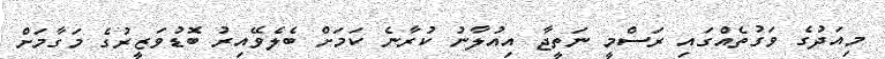
މިއަދުގެ ވަގުތެއްގައި ރަސްމީ ނަތީޖާ އިއުލާނު ކުރާނެ ކަމަށް ބެލެވޭއިރު ބޮޑުވަޒީރުގެ މަގާމަށް